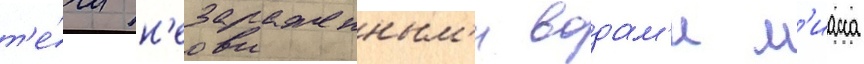
т'е́чи н'езараженным'и водам'и м'иасса